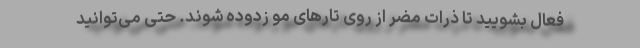
فعال بشویید تا ذرات مضر از روی تارهای مو زدوده شوند. حتی می‌توانید